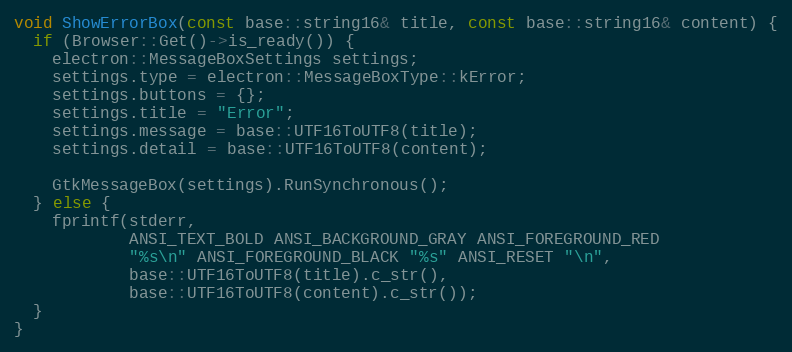
Language: C++
void ShowErrorBox(const base::string16& title, const base::string16& content) {
  if (Browser::Get()->is_ready()) {
    electron::MessageBoxSettings settings;
    settings.type = electron::MessageBoxType::kError;
    settings.buttons = {};
    settings.title = "Error";
    settings.message = base::UTF16ToUTF8(title);
    settings.detail = base::UTF16ToUTF8(content);

    GtkMessageBox(settings).RunSynchronous();
  } else {
    fprintf(stderr,
            ANSI_TEXT_BOLD ANSI_BACKGROUND_GRAY ANSI_FOREGROUND_RED
            "%s\n" ANSI_FOREGROUND_BLACK "%s" ANSI_RESET "\n",
            base::UTF16ToUTF8(title).c_str(),
            base::UTF16ToUTF8(content).c_str());
  }
}